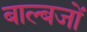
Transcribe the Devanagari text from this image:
बाल्बजों